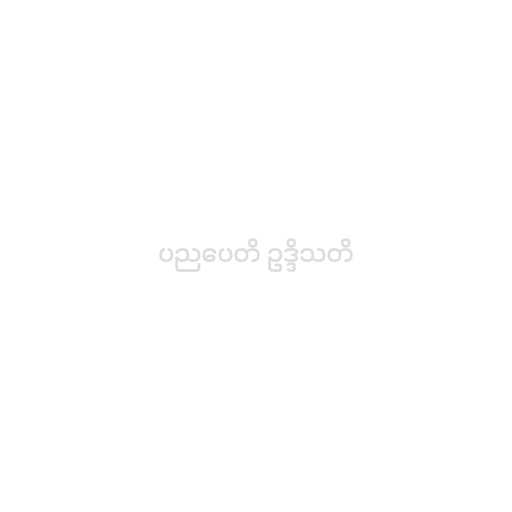
ပညပေတိ ဥဒ္ဒိသတိ